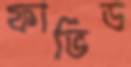
ফার্ভিড